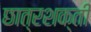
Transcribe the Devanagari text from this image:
छात्रशक्ती